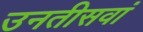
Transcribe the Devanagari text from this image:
उनतीसवां